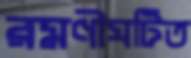
রমণীঘটিত